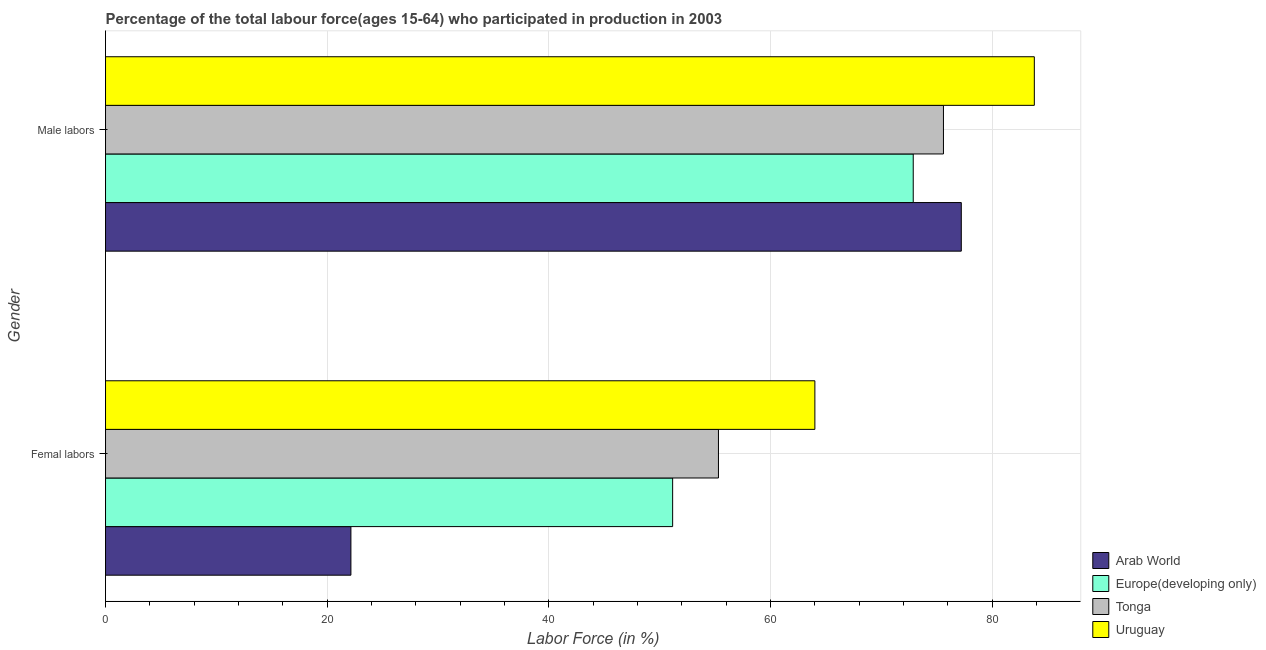
| Gender | Arab World | Europe(developing only) | Tonga | Uruguay |
 | --- | --- | --- | --- | --- |
 | Femal labors | 22.1 | 51.2 | 55.3 | 64 |
 | Male labors | 77.2 | 72.9 | 75.6 | 83.8 |